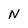
Character: N